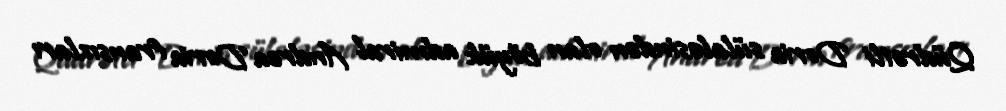
Qüdrətli Doria sülaləsindən olan böyük admiral Andrea Doria fransızları